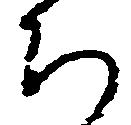
ち